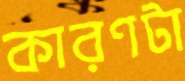
কারণটা